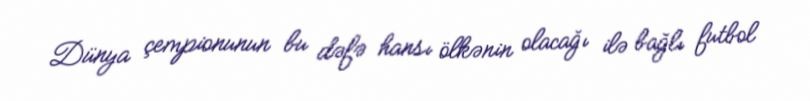
Dünya çempionunun bu dəfə hansı ölkənin olacağı ilə bağlı futbol